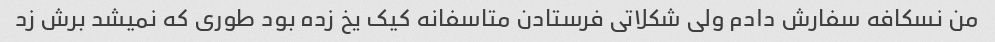
من نسکافه سفارش دادم ولی شکلاتی فرستادن متاسفانه کیک یخ زده بود طوری که نمیشد برش زد